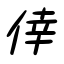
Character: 倖